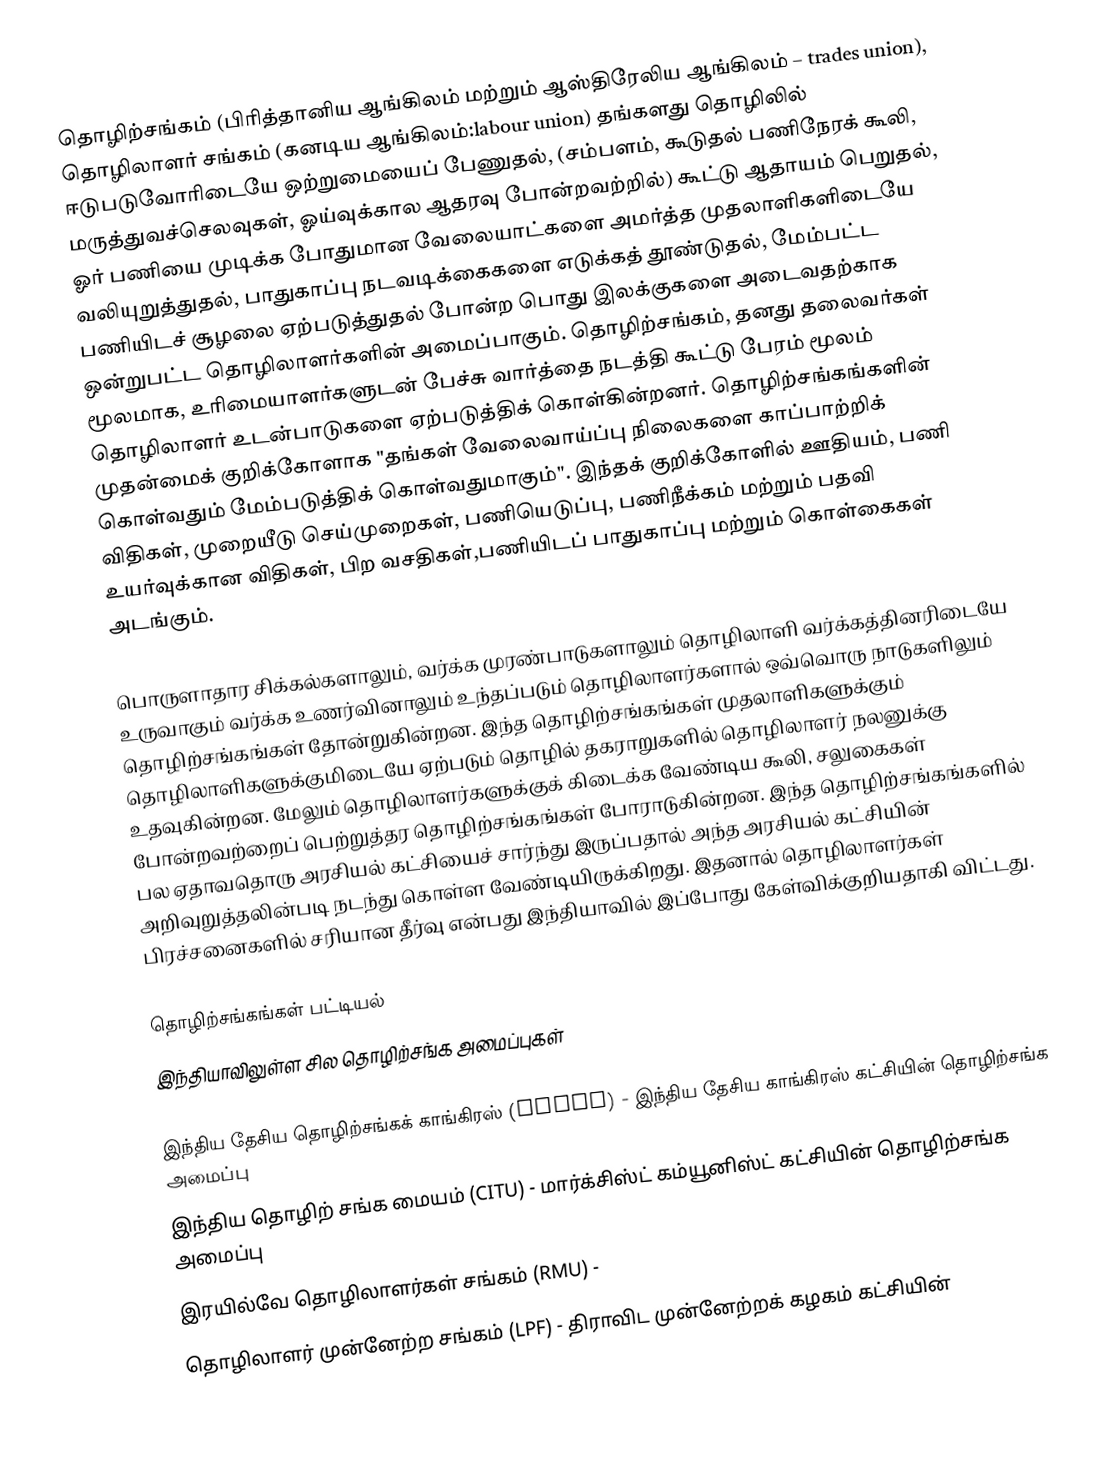
தொழிற்சங்கம் (பிரித்தானிய ஆங்கிலம் மற்றும் ஆஸ்திரேலிய ஆங்கிலம் – trades union), தொழிலாளர் சங்கம் (கனடிய ஆங்கிலம்:labour union) தங்களது தொழிலில் ஈடுபடுவோரிடையே ஒற்றுமையைப் பேணுதல்,  (சம்பளம், கூடுதல் பணிநேரக் கூலி, மருத்துவச்செலவுகள், ஓய்வுக்கால ஆதரவு போன்றவற்றில்) கூட்டு  ஆதாயம் பெறுதல், ஓர் பணியை முடிக்க போதுமான வேலையாட்களை அமர்த்த முதலாளிகளிடையே வலியுறுத்துதல், பாதுகாப்பு நடவடிக்கைகளை எடுக்கத் தூண்டுதல், மேம்பட்ட பணியிடச் சூழலை ஏற்படுத்துதல் போன்ற பொது இலக்குகளை அடைவதற்காக ஒன்றுபட்ட தொழிலாளர்களின் அமைப்பாகும். தொழிற்சங்கம், தனது தலைவர்கள் மூலமாக, உரிமையாளர்களுடன் பேச்சு வார்த்தை நடத்தி கூட்டு பேரம் மூலம் தொழிலாளர் உடன்பாடுகளை ஏற்படுத்திக் கொள்கின்றனர்.  தொழிற்சங்கங்களின் முதன்மைக் குறிக்கோளாக "தங்கள் வேலைவாய்ப்பு நிலைகளை காப்பாற்றிக் கொள்வதும் மேம்படுத்திக் கொள்வதுமாகும்". இந்தக் குறிக்கோளில் ஊதியம், பணி விதிகள், முறையீடு செய்முறைகள், பணியெடுப்பு, பணிநீக்கம் மற்றும் பதவி உயர்வுக்கான விதிகள், பிற வசதிகள்,பணியிடப் பாதுகாப்பு மற்றும் கொள்கைகள் அடங்கும்.

பொருளாதார சிக்கல்களாலும், வர்க்க முரண்பாடுகளாலும் தொழிலாளி வர்க்கத்தினரிடையே உருவாகும் வர்க்க உணர்வினாலும் உந்தப்படும் தொழிலாளர்களால் ஒவ்வொரு நாடுகளிலும் தொழிற்சங்கங்கள்  தோன்றுகின்றன. இந்த தொழிற்சங்கங்கள் முதலாளிகளுக்கும் தொழிலாளிகளுக்குமிடையே ஏற்படும் தொழில் தகராறுகளில் தொழிலாளர் நலனுக்கு உதவுகின்றன. மேலும் தொழிலாளர்களுக்குக் கிடைக்க வேண்டிய கூலி, சலுகைகள் போன்றவற்றைப் பெற்றுத்தர தொழிற்சங்கங்கள் போராடுகின்றன. இந்த தொழிற்சங்கங்களில் பல ஏதாவதொரு அரசியல் கட்சியைச் சார்ந்து இருப்பதால் அந்த அரசியல் கட்சியின் அறிவுறுத்தலின்படி நடந்து கொள்ள வேண்டியிருக்கிறது. இதனால் தொழிலாளர்கள் பிரச்சனைகளில் சரியான தீர்வு என்பது இந்தியாவில் இப்போது கேள்விக்குறியதாகி விட்டது.

தொழிற்சங்கங்கள் பட்டியல்
இந்தியாவிலுள்ள சில தொழிற்சங்க அமைப்புகள்

 இந்திய தேசிய தொழிற்சங்கக் காங்கிரஸ் (INTUC) - இந்திய தேசிய காங்கிரஸ் கட்சியின் தொழிற்சங்க அமைப்பு
 இந்திய தொழிற் சங்க மையம் (CITU) - மார்க்சிஸ்ட் கம்யூனிஸ்ட் கட்சியின் தொழிற்சங்க அமைப்பு
 இரயில்வே தொழிலாளர்கள் சங்கம் (RMU) -
 தொழிலாளர் முன்னேற்ற சங்கம் (LPF) - திராவிட முன்னேற்றக் கழகம் கட்சியின்